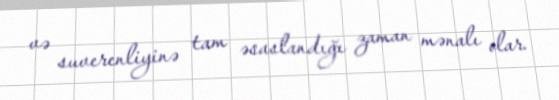
və suverenliyinə tam əsaslandığı zaman mənalı olar.